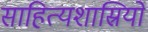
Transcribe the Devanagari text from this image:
साहित्यशास्रियों